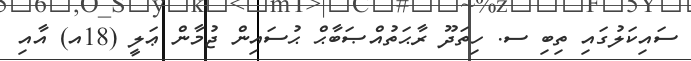
ސައިކަލުގައި ތިބި ސ. ހިތަދޫ ރާޙަތުއްޞަބާޙް ޙުސައިން ޖުމާން ޢަލީ (18އ) އާއި